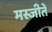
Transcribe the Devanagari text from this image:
मस्जीते